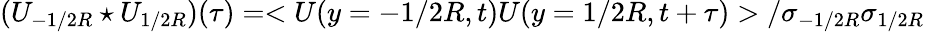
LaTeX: (U_{-1/2R}\star U_{1/2R})(\tau)=<U(y=-1/2R,t)U(y=1/2R,t+\tau)>/\sigma_{-1/2R}\sigma_{1/2R}